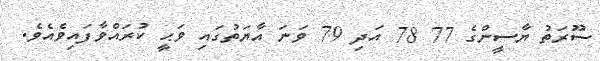
ސޫރަތު ޔާސީންގެ 77 78 އަދި 79 ވަނަ އާޔަތުގައި ވަޙީ ކުރައްވާފައިވެއެވެ.